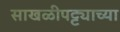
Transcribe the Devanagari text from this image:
साखळीपट्ट्याच्या